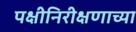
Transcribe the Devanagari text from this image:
पक्षीनिरीक्षणाच्या